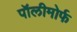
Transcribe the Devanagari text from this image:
पॉलीमोर्फ